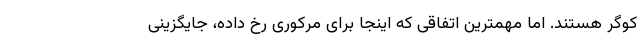
کوگر هستند. اما مهمترین اتفاقی که اینجا برای مرکوری رخ داده، جایگزینی